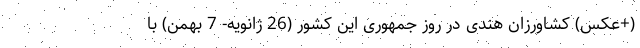
(+عکس) کشاورزان هندی در روز جمهوری این کشور (26 ژانویه- 7 بهمن) با